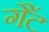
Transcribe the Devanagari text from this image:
गैंट